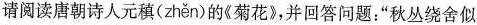
请阅读唐朝诗人元稹(zhěn )的《菊花》，并回答问题：”秋丛绕舍似